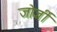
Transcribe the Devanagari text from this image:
जोर्जी